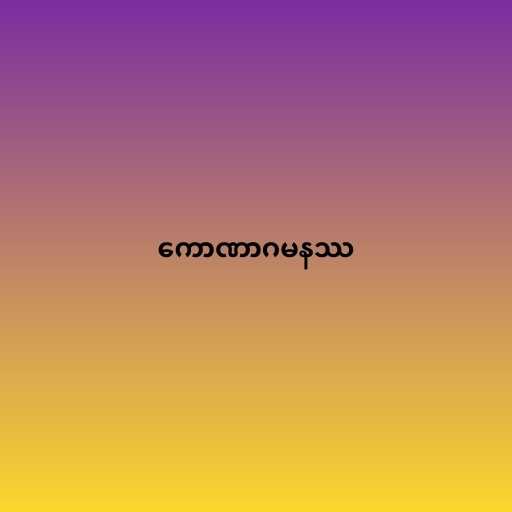
ကောဏာဂမနဿ